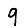
Digit: 9